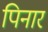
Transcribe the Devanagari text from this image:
पिनार